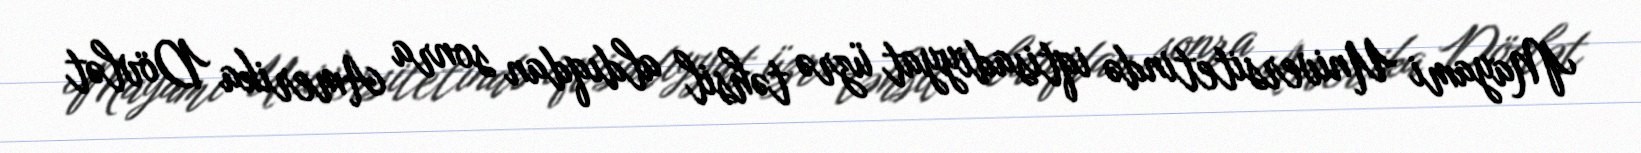
Mayami Universitetində iqtisadiyyat üzrə təhsil aldıqdan sonra Amerika Dövlət